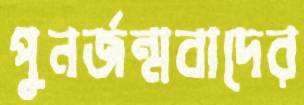
পুনর্জন্মবাদের